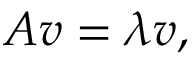
A v = \lambda v ,